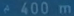
400m